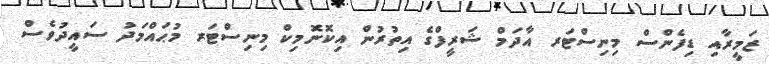
ޒަމީރާއި ޑިފެންސް މިނިސްޓަރ އާދަމް ޝަރީފްގެ އިތުރުން އިކޮނޮމިކް މިނިސްޓަރ މުޙައްމަދު ސައީދުވެސް